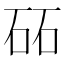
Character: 砳